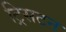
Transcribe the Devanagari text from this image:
ट्रिसटन